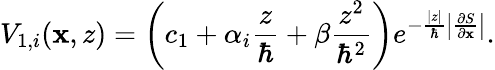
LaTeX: V_{1,i}(\mathbf{x},z)=\left(c_{1}+\alpha_{i}\frac{z}{\hbar}+\beta\frac{z^{2}}{\hbar^{2}}\right)e^{-\frac{|z|}{\hbar}\left|\frac{\partial S}{\partial\mathbf{x}}\right|}.